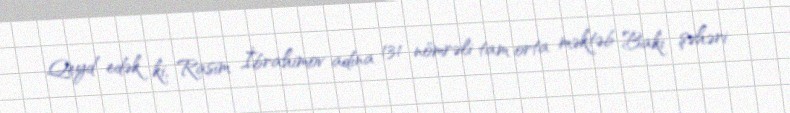
Qeyd edək ki, Rasim İbrahimov adına 131 nömrəli tam orta məktəb Bakı şəhəri